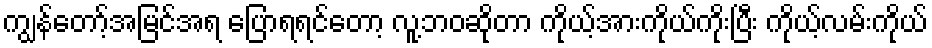
ကျွန်တော့်အမြင်အရ ပြောရရင်တော့ လူ့ဘဝဆိုတာ ကိုယ့်အားကိုယ်ကိုးပြီး ကိုယ့်လမ်းကိုယ်